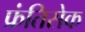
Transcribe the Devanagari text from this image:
फ्रंतिसेक